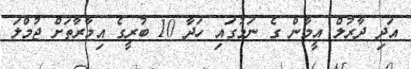
އަދި ދާރުލް އީމާން ގެ ނަމުގައި ހަދާ 10 ބުރީގެ އިމާރާތަށް ޖުމްލަ